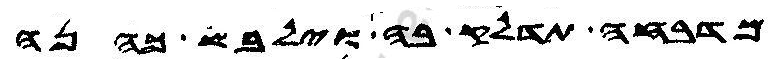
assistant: מדבחה תדלק בה וילבש כהנה